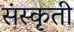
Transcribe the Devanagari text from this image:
संस्कृती